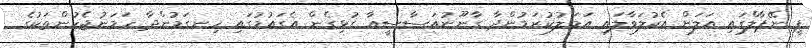
ޕީ ނޭޕާލްގައި އަލަށް އެކުލަވާލައި އަމަލުކުރަމުންދާ ގާނޫނުއަސާސީއާ ގުޅިގެން އެގައުމުގައި ހިނގަމުންދާ ހަމަނުޖެހުންތަކުގެ